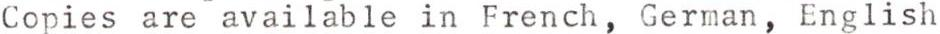
Copies are available in French, German, English